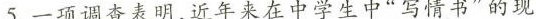
5.一项调查查明，近年来在中学生中“写情书”的现